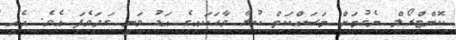
ކޮންޓްރޯލް ނެގުމަށް މަސައްކަތް ކުރާ ވާހަކައިގެ އަޑު ވަނީ ގަދަވެފަ އެވެ. އެއީ